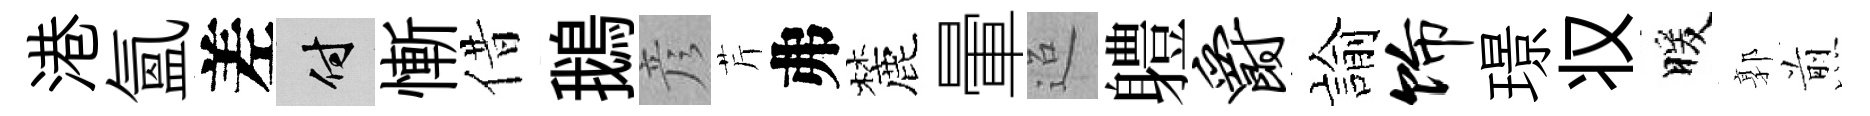
港氳差付慚借鵝彦芹弗麓暈迢軆爵諭饰璟𠬧暖郭煎